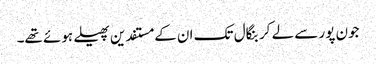
جون پور سے لے کر بنگال تک ان کے مستفدین پھیلے ہوئے تھے۔